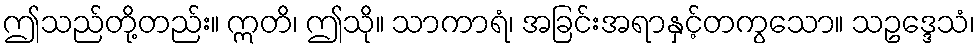
ဤသည်တို့တည်း။ ဣတိ၊ ဤသို။ သာကာရံ၊ အခြင်းအရာနှင့်တကွသော။ သဥဒ္ဒေသံ၊